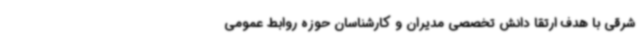
شرقی با هدف ارتقا دانش تخصصی مدیران و کارشناسان حوزه روابط عمومی